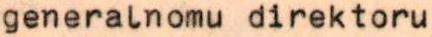
generalnomu direktoru